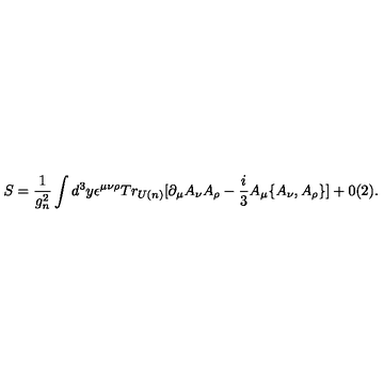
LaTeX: S = \frac { 1 } { g _ { n } ^ { 2 } } \int d ^ { 3 } y \epsilon ^ { \mu \nu \rho } T r _ { U ( n ) } \lbrack \partial _ { \mu } A _ { \nu } A _ { \rho } - \frac { i } { 3 } A _ { \mu } \{ A _ { \nu } , A _ { \rho } \} \rbrack + 0 ( 2 ) .